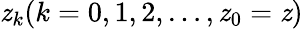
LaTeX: \mathit{z}_{k}(k=0,1,2,\dots,\mathit{z}_{0}=\mathit{z})